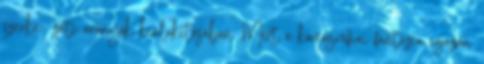
szerke- zeti arányok kialakításában. Mert a koreográfiai fantázia igazán